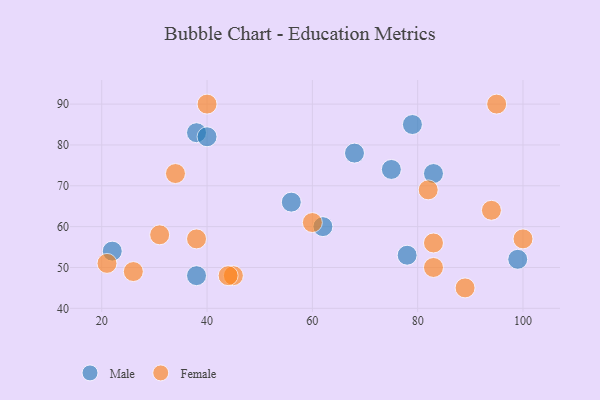
{"axis": {"x": "GDP", "y": "Life Expectancy"}, "legend": ["Female", "Male"], "data": [{"x": "62", "y": 60, "type": "Male"}, {"x": "75", "y": 74, "type": "Male"}, {"x": "56", "y": 66, "type": "Male"}, {"x": "83", "y": 73, "type": "Male"}, {"x": "78", "y": 53, "type": "Male"}, {"x": "38", "y": 48, "type": "Male"}, {"x": "22", "y": 54, "type": "Male"}, {"x": "79", "y": 85, "type": "Male"}, {"x": "68", "y": 78, "type": "Male"}, {"x": "99", "y": 52, "type": "Male"}, {"x": "38", "y": 83, "type": "Male"}, {"x": "40", "y": 82, "type": "Male"}, {"x": "38", "y": 57, "type": "Female"}, {"x": "89", "y": 45, "type": "Female"}, {"x": "83", "y": 50, "type": "Female"}, {"x": "83", "y": 56, "type": "Female"}, {"x": "31", "y": 58, "type": "Female"}, {"x": "34", "y": 73, "type": "Female"}, {"x": "45", "y": 48, "type": "Female"}, {"x": "82", "y": 69, "type": "Female"}, {"x": "95", "y": 90, "type": "Female"}, {"x": "40", "y": 90, "type": "Female"}, {"x": "60", "y": 61, "type": "Female"}, {"x": "94", "y": 64, "type": "Female"}, {"x": "21", "y": 51, "type": "Female"}, {"x": "26", "y": 49, "type": "Female"}, {"x": "44", "y": 48, "type": "Female"}, {"x": "100", "y": 57, "type": "Female"}]}